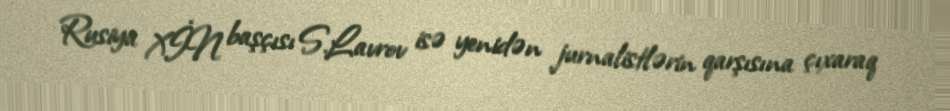
Rusiya XİN başçısı S.Lavrov isə yenidən jurnalistlərin qarşısına çıxaraq